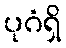
ပုဂံရှိ